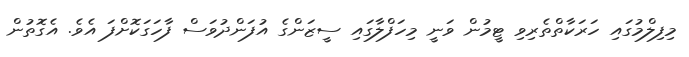
މިފިލްމުގައި ހަރަކާތްތެރިވި ޓީމުން ވަނީ މިހަފްލާގައި ސީޒަންގެ އުފަންދުވަސް ފާހަގަކޮށްފަ އެވެ. އެގޮތުން